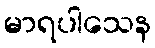
မာရပါသေန